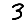
Digit: 3